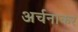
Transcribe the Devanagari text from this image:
अर्चनाकर